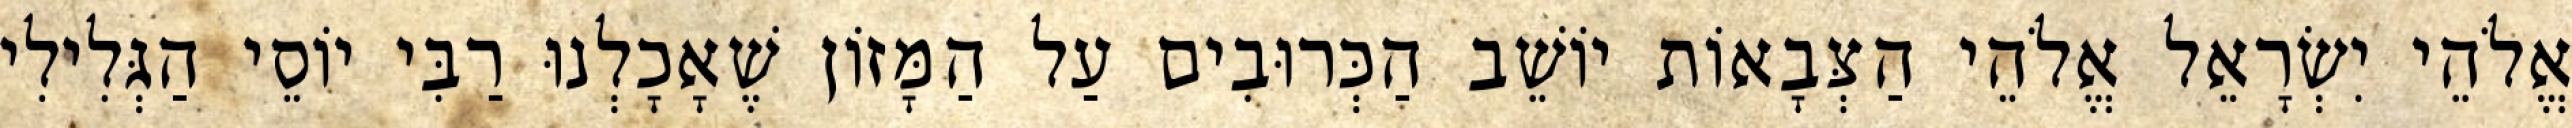
אֱלֹהֵי יִשְׂרָאֵל אֱלֹהֵי הַצְּבָאוֹת יוֹשֵׁב הַכְּרוּבִים עַל הַמָּזוֹן שֶׁאָכָלְנוּ רַבִּי יוֹסֵי הַגְּלִילִי